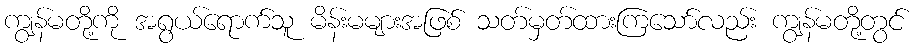
ကျွန်မတို့ကို အရွယ်ရောက်သူ မိန်းမများအဖြစ် သတ်မှတ်ထားကြသော်လည်း ကျွန်မတို့တွင်